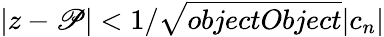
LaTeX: |z-\mathscr{P}|<1/{\sqrt{{{objectObject}}}{{|c_{n}|}}}